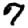
Digit: 7